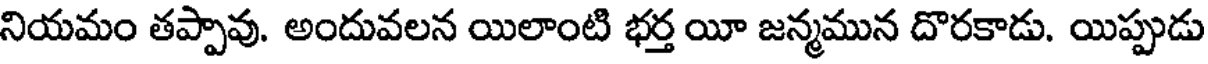
నియమం తప్పావు. అందువలన యిలాంటి భర్త యీ జన్మమున దొరకాడు. యిప్పుడు